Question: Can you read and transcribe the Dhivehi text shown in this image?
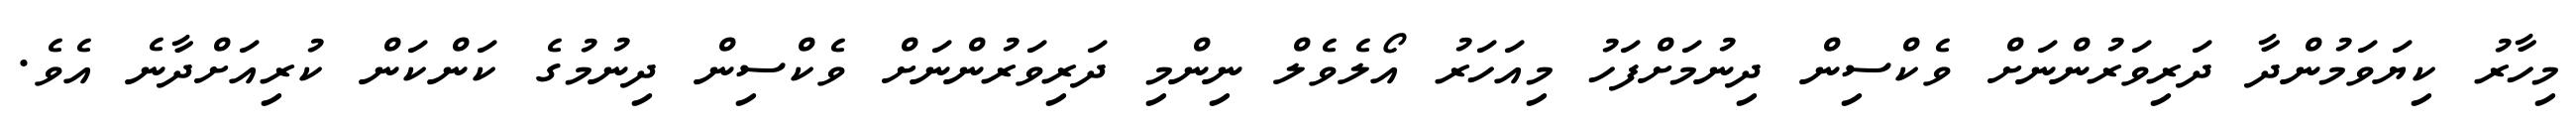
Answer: މިހާރު ކިޔަވަމުންދާ ދަރިވަރުންނަށް ވެކްސިން ދިނުމަށްފަހު މިއަހަރު އޯލެވެލް ނިންމި ދަރިވަރުންނަށް ވެކްސިން ދިނުމުގެ ކަންކަން ކުރިއަށްދާނެ އެވެ.